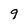
Character: 9